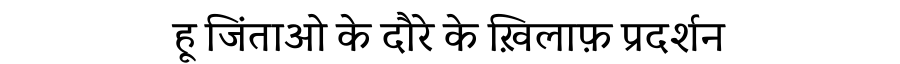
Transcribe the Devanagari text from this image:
हू जिंताओ के दौरे के ख़िलाफ़ प्रदर्शन